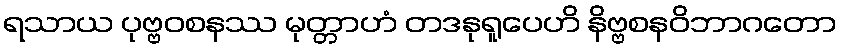
ရသာယ ပုဗ္ဗဝစနဿ မုတ္တာဟံ တဒနုရူပေဟိ နိဗ္ဗစနဝိဘာဂတော